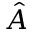
\hat { A }